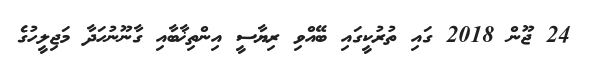
24 ޖޫން 2018 ގައި ތުރުކީގައި ބޭއްވި ރިޔާސީ އިންތިޚާބާއި ގާނޫނުހަދާ މަޖިލީހުގެ